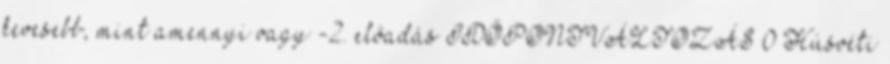
kevesebb, mint amennyi vagy -2. előadás IDŐPONTVÁLTOZÁS 0 Húsvéti